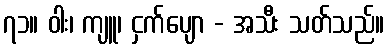
၇၁။ ဝါး၊ ကျူ၊ ငှက်ပျော - အသီး သတ်သည်။